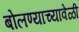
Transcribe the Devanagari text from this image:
बोलण्याच्यावेळी